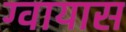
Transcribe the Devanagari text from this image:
ग्वायास